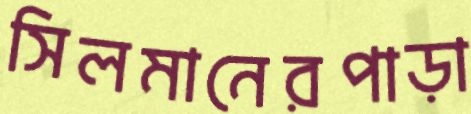
সিলমানেরপাড়া